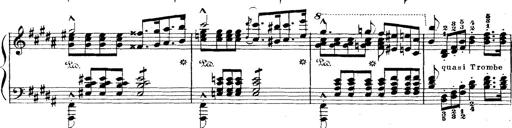
Title: Wagner-Liszt Album
Composer: Franz Liszt